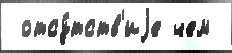
 отсу́тств'иjе чем